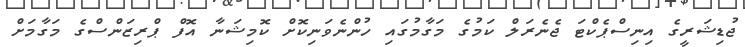
ޖުޑިޝަރީގެ އިނިސްޕެކްޓަ ޖެނެރަލް ކަމުގެ މަގާމުގައި ހުންނެވަނިކޮށް ކޮމިޝަނާ އޮފް ޕްރިޒަންސްގެ މަގާމަށް